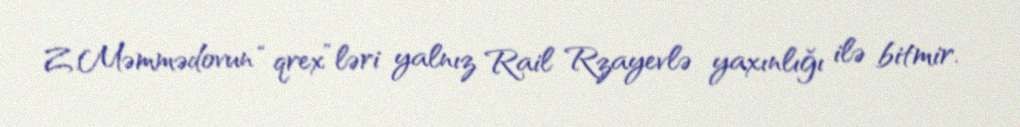
Z.Məmmədovun “qrex”ləri yalnız Rail Rzayevlə yaxınlığı ilə bitmir.